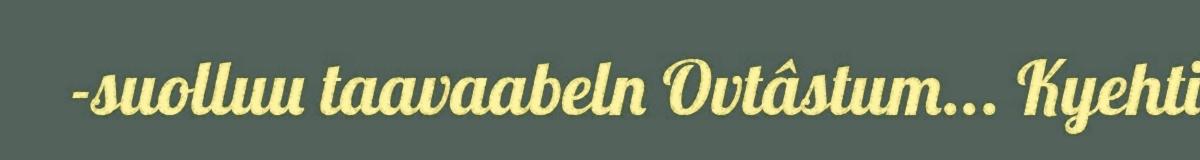
-suolluu taavaabeln Ovtâstum... Kyehti